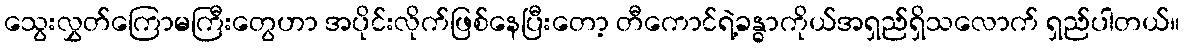
သွေးလွှတ်ကြောမကြီးတွေဟာ အပိုင်းလိုက်ဖြစ်နေပြီးတော့ တီကောင်ရဲ့ခန္ဓာကိုယ်အရှည်ရှိသလောက် ရှည်ပါတယ်။